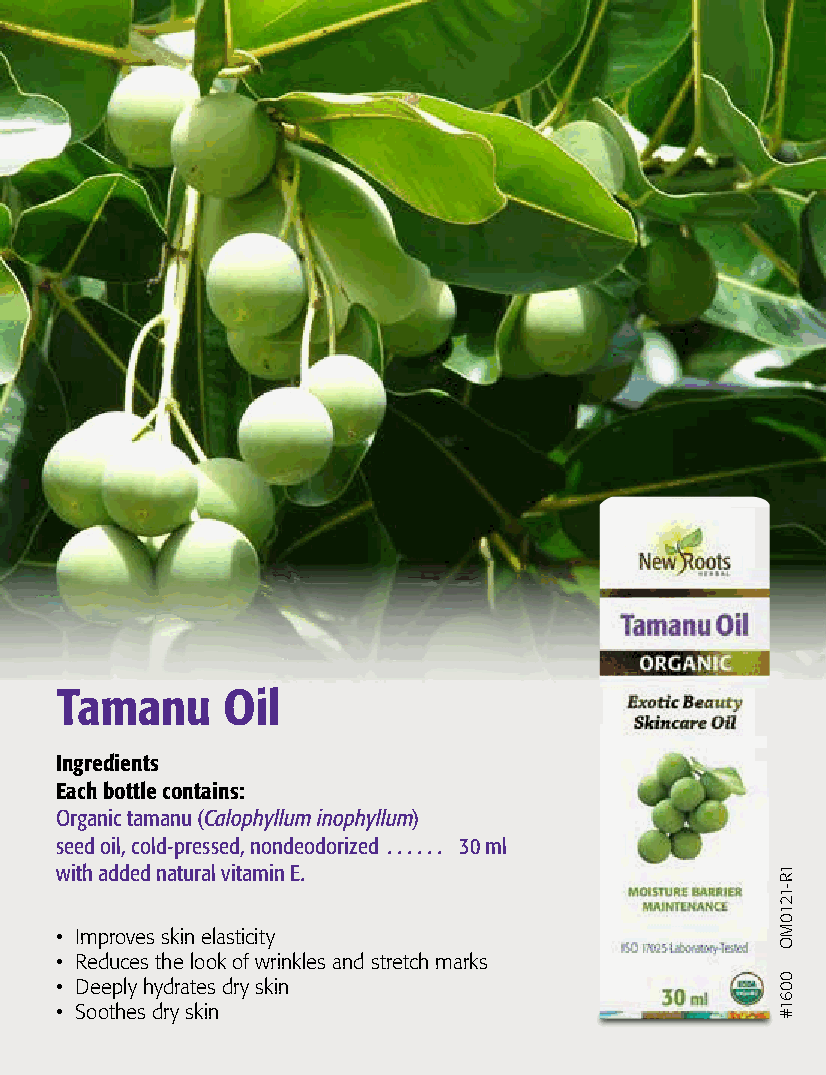
Tamanu     Oil
 Ingredients
 Each bottle contains:
 Organic tamanu (Calophyllum inophyllum)
 seed oil, cold-pressed, nondeodorized  . . . . . . 30 ml
 with added natural vitamin E .
 • Improves skin elasticity
 • Reduces the look of wrinkles and stretch marks
 • Deeply hydrates dry skin
 • Soothes dry skin
 1R-1210MO
 0061#